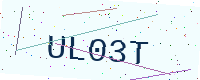
Text: UL03T